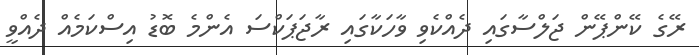
ރޭގެ ކޭންޕޭން ޖަލްސާގައި ދެއްކެވި ވާހަކާގައި ރާޖަޕަކްސަ އެންމެ ބޮޑު އިސްކަމެއް ދެއްވީ